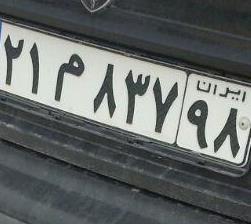
۲۱م۸۳۷۹۸